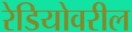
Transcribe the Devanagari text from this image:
रेडियोवरील